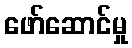
ဖော်ဆောင်မှု